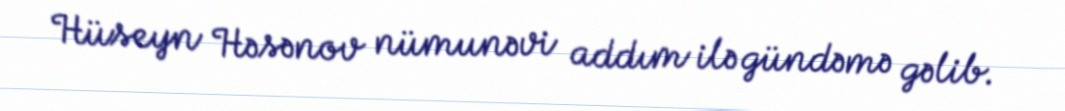
Hüseyn Həsənov nümunəvi addım ilə gündəmə gəlib.